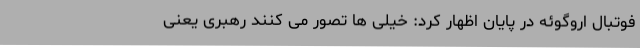
فوتبال اروگوئه در پایان اظهار کرد: خیلی ها تصور می کنند رهبری یعنی